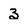
Character: 3